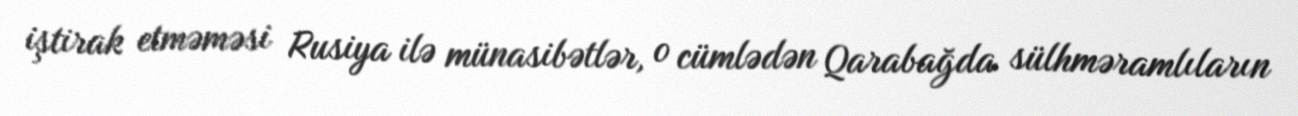
iştirak etməməsi Rusiya ilə münasibətlər, o cümlədən Qarabağda sülhməramlıların